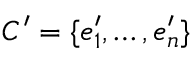
C ^ { \prime } = \{ e _ { 1 } ^ { \prime } , \ldots , e _ { n } ^ { \prime } \}